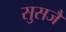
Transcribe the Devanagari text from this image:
सुसजै